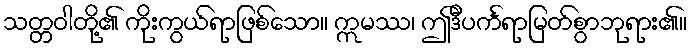
သတ္တဝါတို့၏ ကိုးကွယ်ရာဖြစ်သော။ ဣမဿ၊ ဤဒီပင်္ကရာမြတ်စွာဘုရား၏။